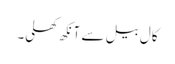
کال بیل سے آنکھ کھلی۔